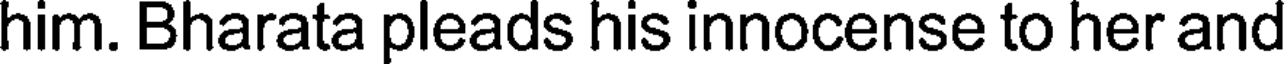
him. Bharata pleads his innocense to her and